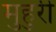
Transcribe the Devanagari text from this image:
मुहुरी